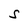
Character: S